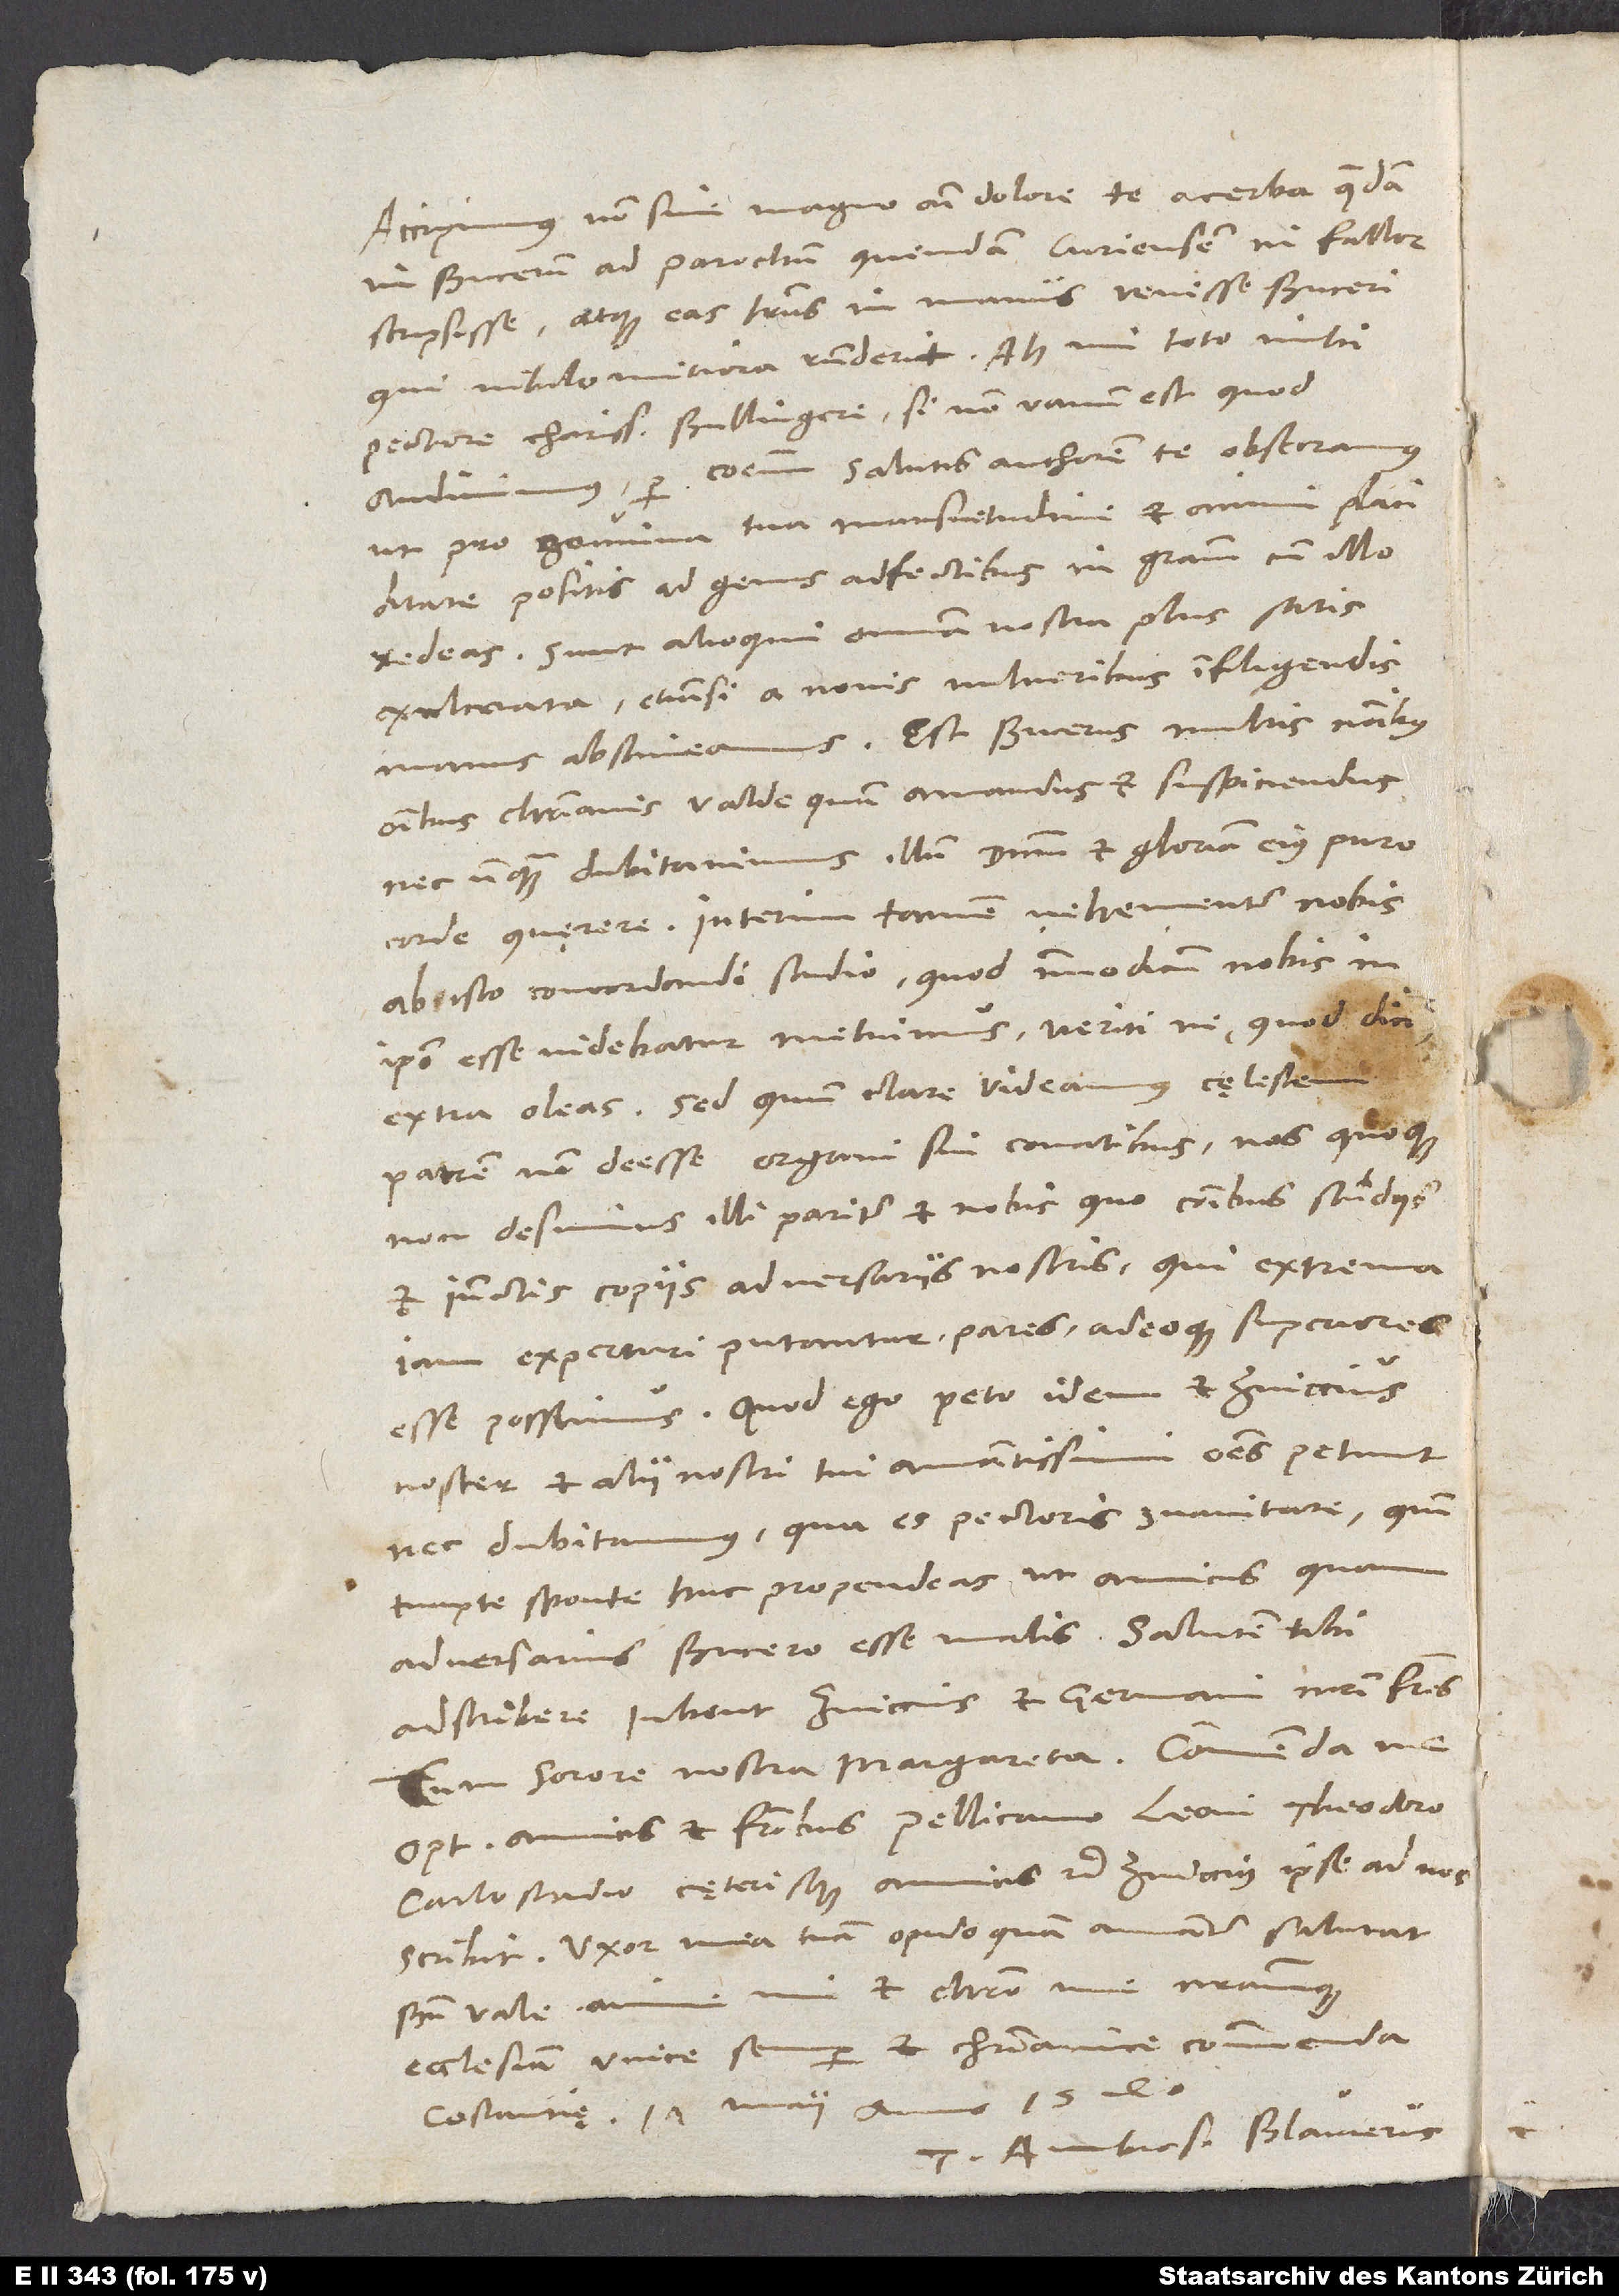
Accipimus non sine magno animi dolore te acerba quaedam
in Bucerum ad parochum quendam Curiensem, ni fallor,
scripsisse atque eas literas in manus venisse Buceri,
qui nihilo mitiora responderit. Ah, mi toto mihi
pectore charissime Bullingere, si non vanum est, quod
audivimus, per communem salutis authorem te obsecramus,
ut pro genuina tua mansuetudine et animi placiditate
positis id genus adfectibus in gratiam cum illo
redeas. Sunt alioqui omnia nostra plus satis
exulcerata, etiamsi a novis vulneribus infligendis
manus abstineamus. Est Bucerus multis nominibus
omnibus christianis valde quam amandus et suspiciendus,
nec unquam dubitavimus illum dominum et gloriam eius puro
corde quęrere. Interim tamen vehementer nobis
ab isto concordandi studio, quod immodicum nobis in
ipso esse videbatur, metuimus veriti, ne - quod dicitur
extra oleas. Sed quum clare videamus cęlestem
patrem non deesse organi sui conatibus, nos quoque
non desimus illi pariter et nobis, quo communibus studiis
et iunctis copiis adversariis, qui extrema
iam experturi putantur, pares, adeoque superiores
esse possimus. Quod ego peto, idem et Zviccius
noster et alii nostri tui amantissimi omnes petunt,
nec dubitamus, qua es pectoris suavitate, quin
tuapte sponte huc propendeas, ut amicus quam
adscribere iubent Zviccius et germani nostri fratres
cum sorore nostra Margareta. Commenda me
optimis amicis et fratribus Pellicano, Leoni, Theodoro,
Carlostadio cęterisque amicis etc. Zviccius ipse ad vos
scribit. Uxor mea tuam opido quam amanter salutat.
Bene vale, anime mi, et Christo me nostramque
ecclesiam unice semper et christianice commenda.
Constantię, 17. maii anno 1540.
Tuus Ambros. Blaurerus.